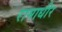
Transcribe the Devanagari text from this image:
रामाधीर